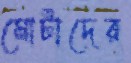
মোটাদের